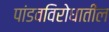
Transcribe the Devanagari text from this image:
पांडवविरोधातील